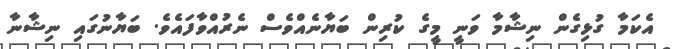
އެކަމާ ގުޅިގެން ނިޝާމާ ވަނީ މީގެ ކުރިން ބަޔާނެއްވެސް ނެރުއްވާފައެވެ. ބަޔާނުގައި ނިޝާނާ